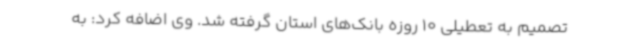
تصمیم به تعطیلی 10 روزه بانک‌های استان گرفته شد. وی اضافه کرد: به